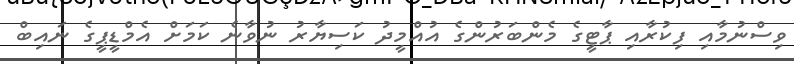
ވިސްނުމާއި ފިކުރާއި ޕާޓީގެ މެންބަރުންގެ އުއްމީދު ކަސިޔާރު ނުވާނެ ކަމަށް އެމްޑީޕީގެ ނައިބް